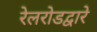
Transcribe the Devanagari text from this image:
रेलरोडद्वारे